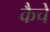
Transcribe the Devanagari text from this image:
कैचें